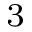
^ { 3 }